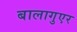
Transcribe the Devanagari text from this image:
बालागुएर